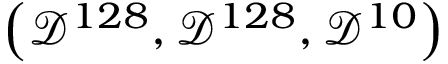
\left( \mathcal { D } ^ { 1 2 8 } , \mathcal { D } ^ { 1 2 8 } , \mathcal { D } ^ { 1 0 } \right)